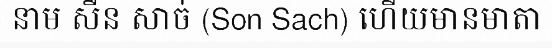
នាម សឺន សាច់ (Son Sach) ហើយមានមាតា